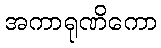
အကာရုဏိကော